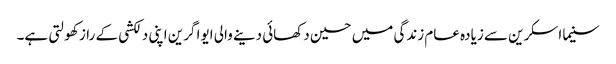
سنیما اسکرین سے زیادہ عام زندگی میں حسین دکھائی دینے والی ایوا گرین اپنی دلکشی کے راز کھولتی ہے۔